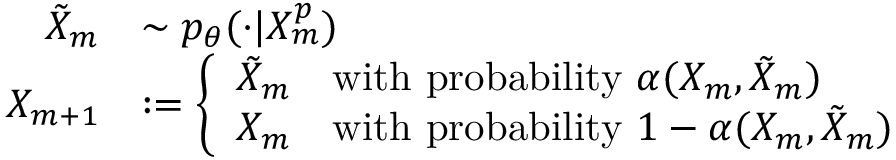
\begin{array} { r l } { \Tilde { X } _ { m } } & { \sim p _ { \theta } ( \cdot | X _ { m } ^ { p } ) } \\ { X _ { m + 1 } } & { : = \left\{ \begin{array} { l l } { \tilde { X } _ { m } } & { \mathrm { w i t h ~ p r o b a b i l i t y ~ } \alpha ( X _ { m } , \tilde { X } _ { m } ) } \\ { X _ { m } } & { \mathrm { w i t h ~ p r o b a b i l i t y ~ } 1 - \alpha ( X _ { m } , \tilde { X } _ { m } ) } \end{array} \right. } \end{array}